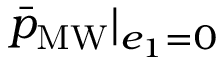
\bar { p } _ { \mathrm { M W } } | _ { e _ { 1 } = 0 }